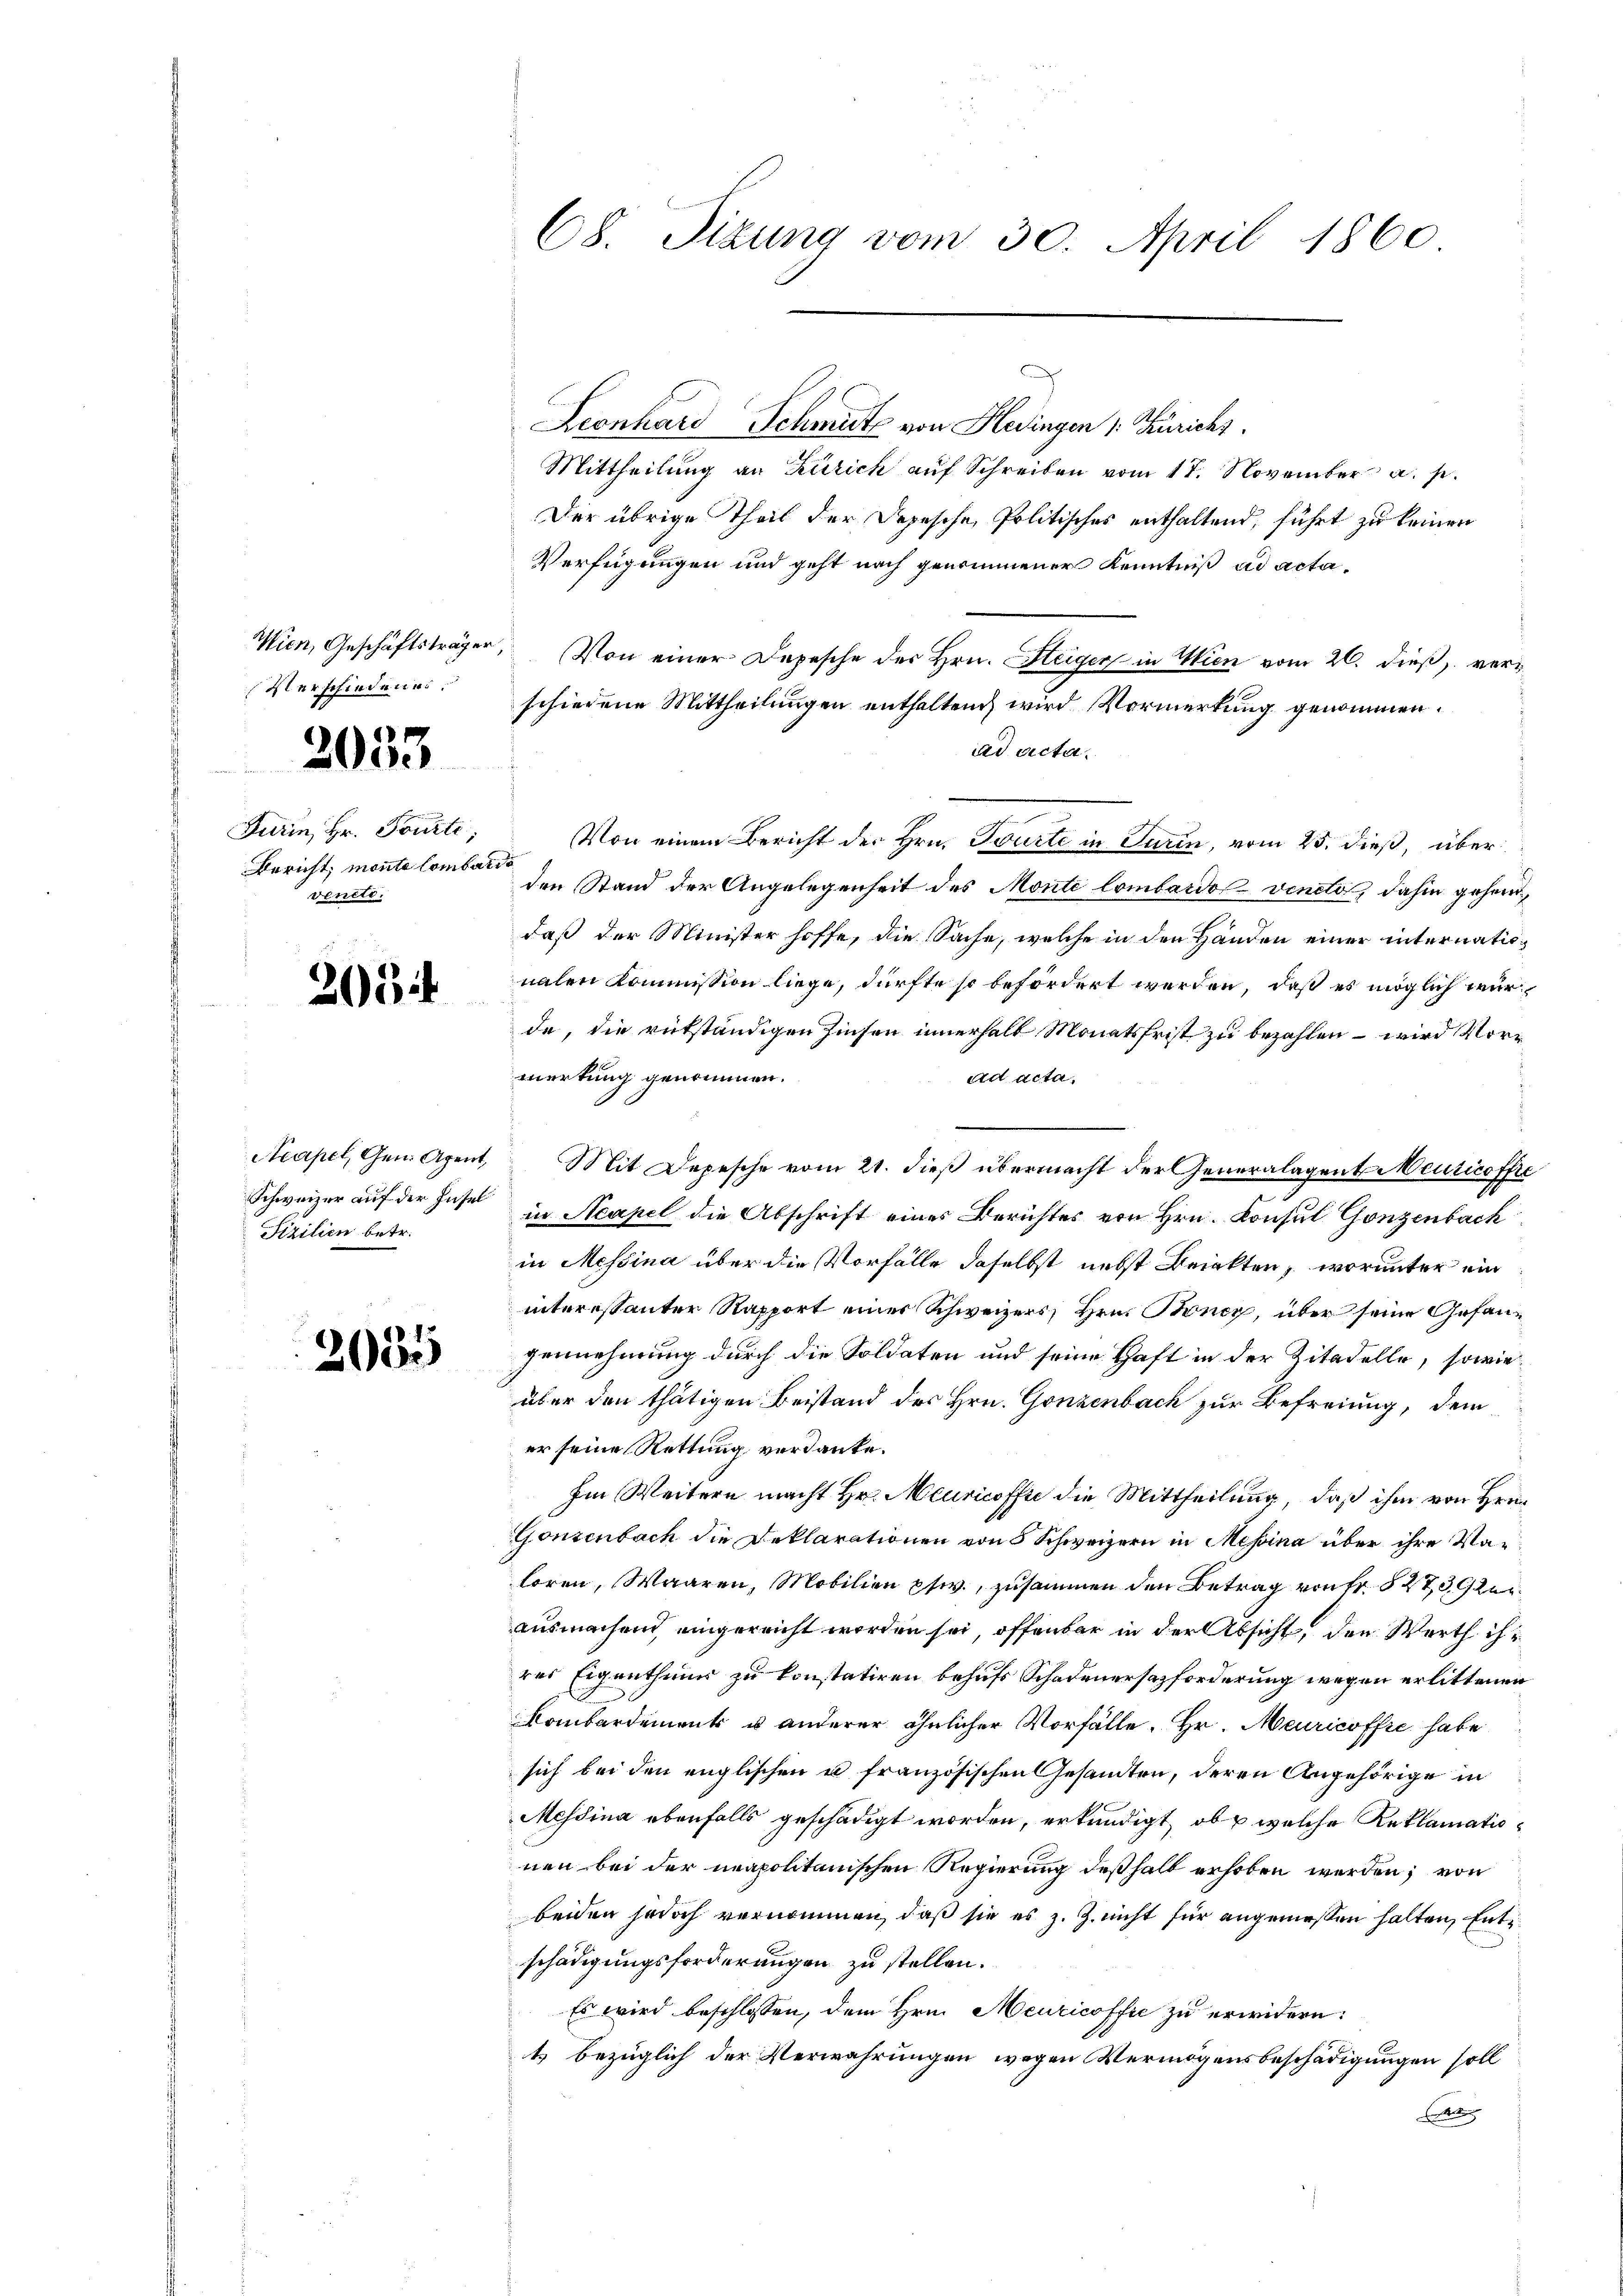
sterschiedenes.

Furin, Hr. Pourti,
Bericht, monte Combardo
venete.

2033

203

Schweizer auf der Insel
Fizilien betr.

2055

Leonhard Schmutz von Hedingen 1. Zürichs
Mittheilung an Zürich aŭf Schreiben vom 17. November a. p.
Der übrige Theil der Depesche Politisches enthaltend, führt zu keinen
Verfügungen und geht nach genommener Kenntniß ad acta¬
Wien, Geschäftsträger, Von einer Depesche der Hrn. Steiger in Wien vom 26. dieß, verschiedene Mittheilungen enthalten, wird Vormerkung genommen.
ad acta.
Von einem Bericht der Hrn. Tourte in Turin, vom 25. dieß, über
den Stand der Angelegenheit des Monte lombardo veneto, dahin gehein
daß der Minister hoffe, die Sache, welche in den Handen einer internationahen Kommission liege, dürfte so befördert werden, daß es möglich wurde, die rükständigen Zinsen innerhalb Monatsfrist zu bezahlen – wird Vorr
wertung genommen.
ad acta,
Acapel, Gen. Agent, Mit Depesche vom 21. dieß übermacht der Generalagent Meuricoffre
in Neapel die Abschrift eines Berichtes von Hrn. Konsul Gonzenbach
in Messina über die Vorfälle daselbst nebst Beinkten, worunter ein
interessanter Rapport einer Schweizers, Hrn. Boney, über seine Gefangennehmung durch die Soldaten und seine Haft in der Zitadelle, sowie
über den thätigen Beistand des Hrn. Gonzenbach zur Befreiung, dem
er seine Rettung verdanke.
Im Weitern macht Hr. Meuricoffe die Mittheilung, daß ihm von Hrn.
Gonsenbach die Deklarationen von 5 Schweizern in Messina über ihre Waloren, Waaren, Mobilien phw., zusammen den Betrag von Fr. 527,3, Ger
ausmachend, eingereicht worden sei, offenbar in der Absicht, den Werth ihr
res Eigenthums zu konstatiren behufs Schadenersezforderung wegen erlittenen
kombardement u anderer ähnlicher Vorfälle. Hr. Meuricoffre habe
sich bei den englischen u französischen Gesandten, deren Angehörige in
Messina ebenfalls geschädigt worden, erkundigt, ob & welche Reklamationen bei der neapolitanischen Regierung deßhalb erhoben werden; von
beiden jedoch vernommen, daß sie es z. Z. nicht für angeniessen halten, Ents
schädigungsforderungen zu stellen.
Es wird beschlossen, dem Hrn. Meuricoffic zu erwidern:
t bezüglich der Verwahrungen wegen Vermögensbeschädigungen soll

68. Sizung vom 30. April 1860